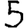
Digit: 5